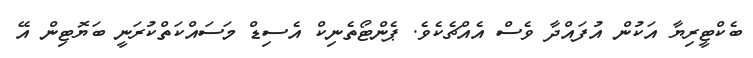
ބެކްޓީރިޔާ އަކުން އުފައްދާ ވެސް އެއްޗެކެވެ. ޕެންޓޯތެނިކް އެސިޑް މަސައްކަތްކުރަނީ ބަޔޮޓިން އޭ